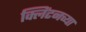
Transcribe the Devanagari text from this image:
क्लिंटनच्या